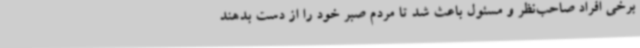
برخی افراد صاحب‌نظر و مسئول باعث شد تا مردم صبر خود را از دست بدهند